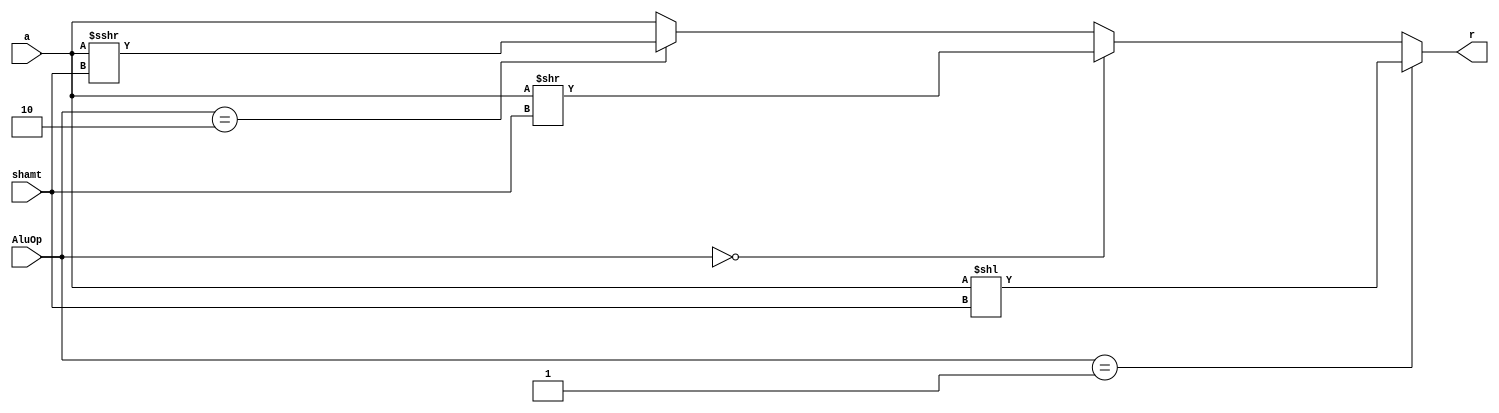
`timescale 1ns / 1ps
//////////////////////////////////////////////////////////////////////////////////
// 
// 
// Module Name: shifter.v
// Project Name: Single Cycle RISC-V Processor
// Description: This is the Shifter Module, that is used for shifting for shift operations.
// 
// Change History: 11/3/2022 - Implemented the module.
//////////////////////////////////////////////////////////////////////////////////


module shifter(input [31:0] a,input[4:0] shamt,input [1:0]AluOp,output reg [31:0] r);


always@(*)begin

if(AluOp==2'b01)begin //shift left logical

r = a << shamt;
end
else if(AluOp==2'b00)begin //shift right logical

r = a >> shamt;
end
else if(AluOp==2'b10)begin //shift right arithmetic

r = $signed(a) >>> shamt;
end
else begin 
r = a;
end

end

endmodule